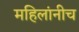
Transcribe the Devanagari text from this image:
महिलांनीच